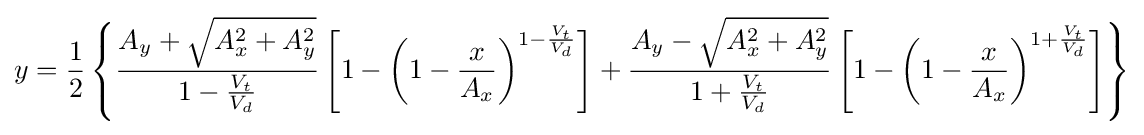
y={\frac {1}{2}}\left\{{\frac {A_{y}+{\sqrt {A_{x}^{2}+A_{y}^{2}}}}{1-{\frac {V_{t}}{V_{d}}}}}\left[1-\left(1-{\frac {x}{A_{x}}}\right)^{1-{\frac {V_{t}}{V_{d}}}}\right]+{\frac {A_{y}-{\sqrt {A_{x}^{2}+A_{y}^{2}}}}{1+{\frac {V_{t}}{V_{d}}}}}\left[1-\left(1-{\frac {x}{A_{x}}}\right)^{1+{\frac {V_{t}}{V_{d}}}}\right]\right\}